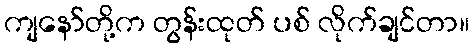
ကျနော်တို့က တွန်းထုတ် ပစ် လိုက်ချင်တာ။